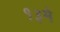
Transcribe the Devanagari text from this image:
१३मे